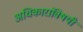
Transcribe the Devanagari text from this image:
अधिकारांविषयी